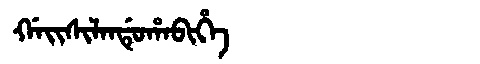
Manchu: ᡤᠠᡳᠰᡳᠯᠠᠨᡩᡠᡥᠠᠪᡳᡥᡝ
Romanization: GAISILANDUHABIHE